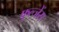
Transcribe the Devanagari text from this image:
फुल्जेंस